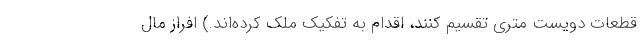
قطعات دویست متری تقسیم کنند، اقدام به تفکیک ملک کرده‌اند.) افراز مال